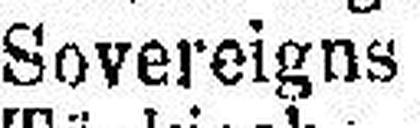
Sovereigns